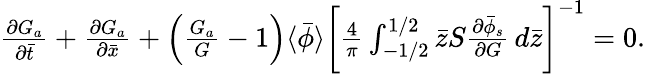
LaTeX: \begin{array}{r}{\frac{\partial G_{a}}{\partial\bar{t}}+\frac{\partial G_{a}}{\partial\bar{x}}+\Bigl(\frac{G_{a}}{G}-1\Bigr)\langle\bar{\phi}\rangle\biggl[\frac{4}{\pi}\int_{-1/2}^{1/2}\bar{z}S\frac{\partial\bar{\phi}_{s}}{\partial G}\, d\bar{z}\biggr]^{-1}=0.}\end{array}